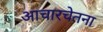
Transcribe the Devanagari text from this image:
आचारचेतना